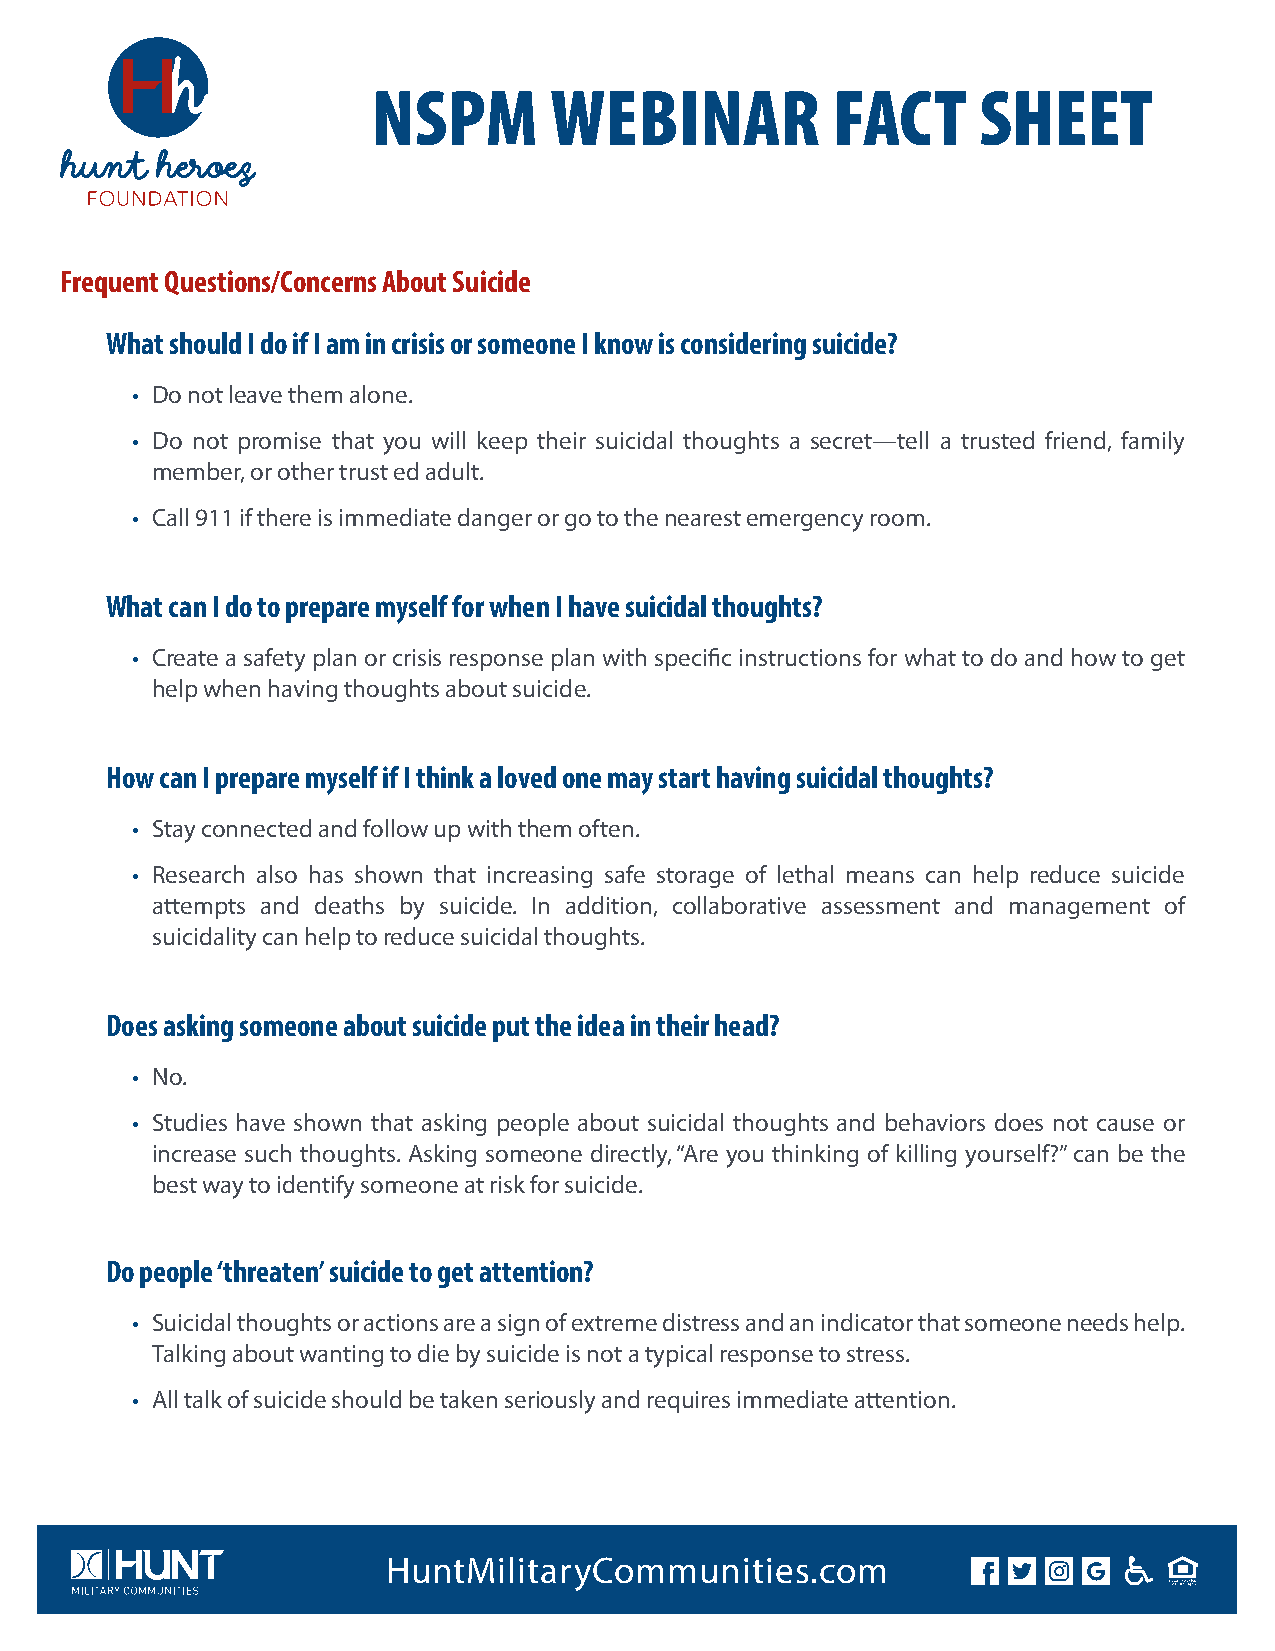
NSPM       WEBINAR            FACT      SHEET
 Frequent Questions/Concerns About Suicide
 What should I do if I am in crisis or someone I know is considering suicide?
 • Do not leave them alone.
 • Do not promise that you will keep their suicidal thoughts a secret—tell a trusted friend, family
 member, or other trust ed adult.
 • Call 911 if there is immediate danger or go to the nearest emergency room.
 What can I do to prepare myself for when I have suicidal thoughts?
 • Create a safety plan or crisis response plan with specific instructions for what to do and how to get
 help when having thoughts about suicide.
 How can I prepare myself if I think a loved one may start having suicidal thoughts?
 • Stay connected and follow up with them often.
 • Research also has shown that increasing safe storage of lethal means can help reduce suicide
 attempts and deaths by suicide. In addition, collaborative assessment and management of
 suicidality can help to reduce suicidal thoughts.
 Does asking someone about suicide put the idea in their head?
 • No.
 • Studies have shown that asking people about suicidal thoughts and behaviors does not cause or
 increase such thoughts. Asking someone directly, “Are you thinking of killing yourself?” can be the
 best way to identify someone at risk for suicide.
 Do people ‘threaten’ suicide to get attention?
 • Suicidal thoughts or actions are a sign of extreme distress and an indicator that someone needs help.
 Talking about wanting to die by suicide is not a typical response to stress.
 • All talk of suicide should be taken seriously and requires immediate attention.
 HuntMilitaryCommunities.com